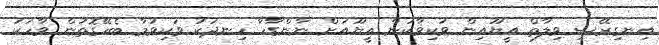
އިނގިރޭސި ވިލާތް އީޔޫއިން ވަކިވާކަން އީޔޫއަށް ނާންގާހާ ހިނދަކު ވަކިވުމާ ބެހޭގޮތުން ވާހަކަ